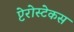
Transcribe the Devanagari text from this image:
प्टेरोस्टेकस